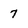
Character: 7